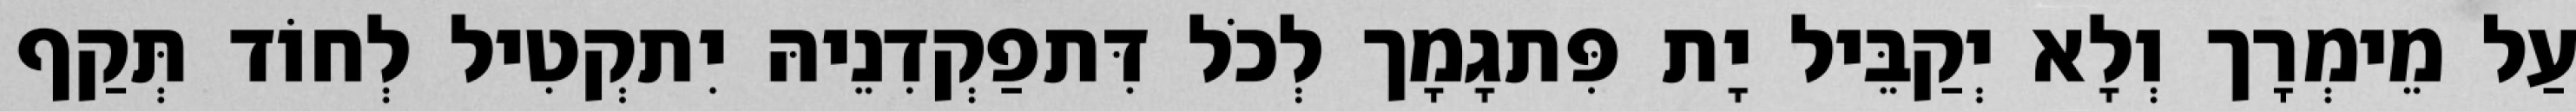
עַל מֵימְרָך וְלָא יְקַבֵּיל יָת פִּתגָמָך לְכֹל דִּתפַקְדִנֵיהּ יִתקְטִיל לְחוֹד תְּקַף